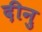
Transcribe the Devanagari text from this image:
दीनु